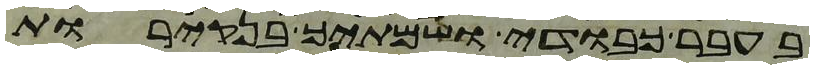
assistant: בעבר כבודי ושמתיך בנקירות